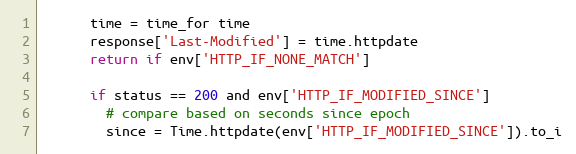
Language: Ruby
      time = time_for time
      response['Last-Modified'] = time.httpdate
      return if env['HTTP_IF_NONE_MATCH']

      if status == 200 and env['HTTP_IF_MODIFIED_SINCE']
        # compare based on seconds since epoch
        since = Time.httpdate(env['HTTP_IF_MODIFIED_SINCE']).to_i